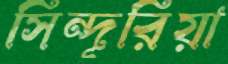
সিন্দূরিয়া